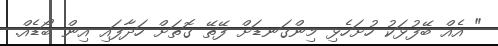
" އެއް ބޭފުޅަކު ހުށަހެޅި މިންގަނޑަށް ފޭތޭ ގޮތަށް ހަދާފައި އިން ބޯޑެއް.